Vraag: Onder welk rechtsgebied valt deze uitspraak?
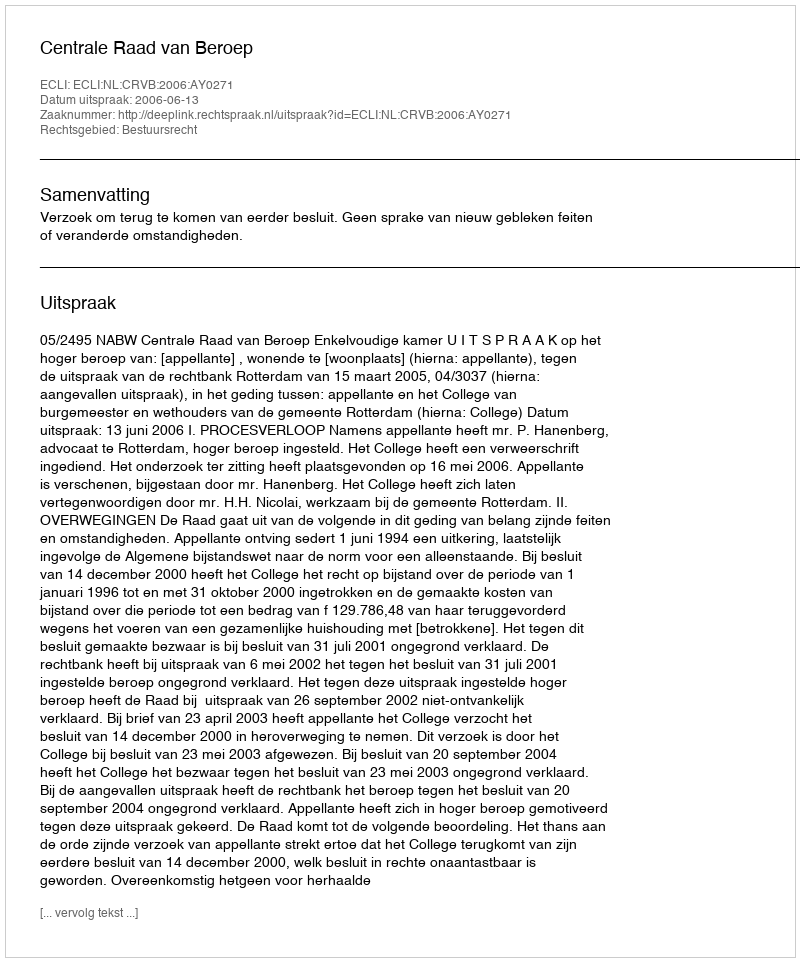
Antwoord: Bestuursrecht